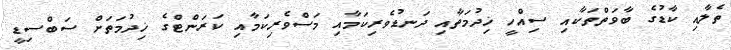
ތެލާއި ކާޑުގެ ބާވަތްތަކާއި ސިއްހީ ޚިދުމަތާއި ދަނޑުވެރިކަމާއި މަސްވެރިކަމާއި ކަރަންޓްގެ ޚިދުމަތަށް ސަބްސިޑީ